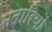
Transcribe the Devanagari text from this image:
मदारियों